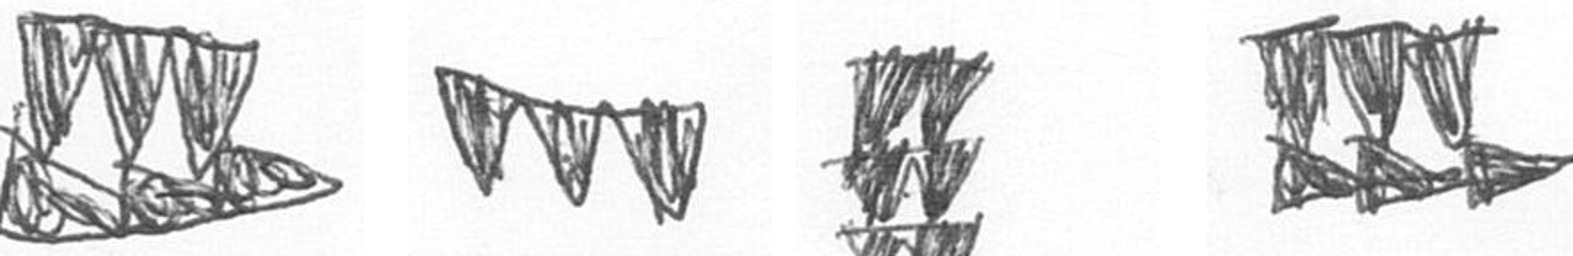
D L Y D